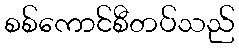
စစ်ကောင်စီတပ်သည်